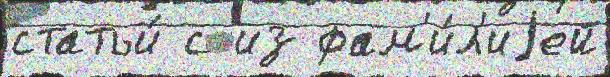
статьи́ с из фам'и́л'иjей